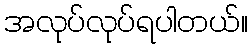
အလုပ်လုပ်ရပါတယ်။